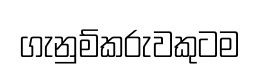
ගැනුම්කරුවකුටම